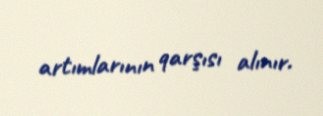
artımlarının qarşısı alınır.